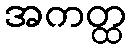
အကတ္ထ